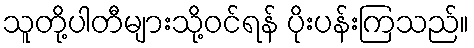
သူတို့ပါတီများသို့ဝင်ရန် ပိုးပန်းကြသည်။